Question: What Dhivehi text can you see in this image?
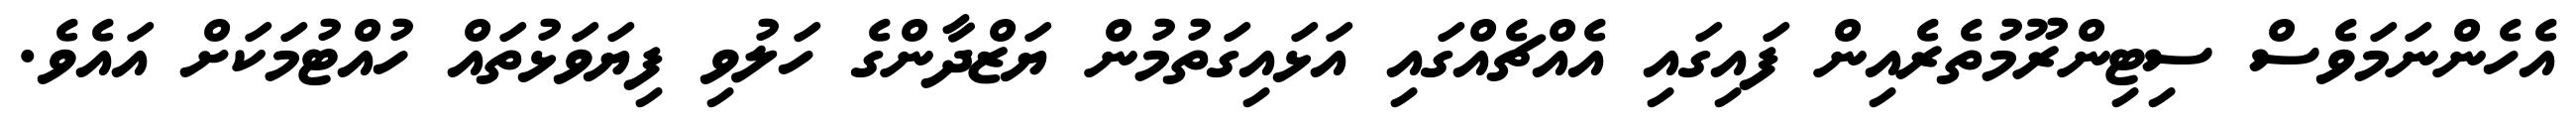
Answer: އެހެންނަމަވެސް ސިޓިންރޫމުތެރެއިން ފައިގައި އެއްޗެއްގައި އަޅައިގަތުމުން ޔަޒްދާންގެ ހަލުވި ފިޔަވަޅުތައް ހުއްޓުމަކަށް އައެވެ.